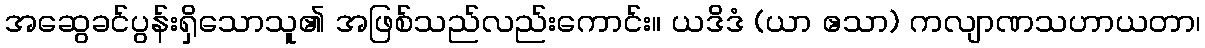
အဆွေခင်ပွန်းရှိသောသူ၏ အဖြစ်သည်လည်းကောင်း။ ယဒိဒံ (ယာ ဧသာ) ကလျာဏသဟာယတာ၊